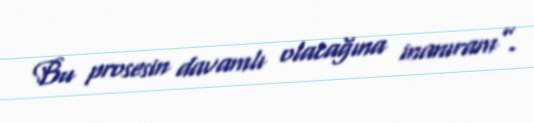
Bu prosesin davamlı olacağına inanıram”.